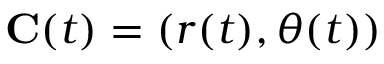
\mathbf { C } ( t ) = ( r ( t ) , \theta ( t ) )